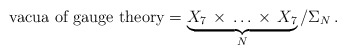
\begin{align*}\mbox{vacua of gauge theory} = \underbrace{ X_7 \, \times \, \dots\,\times \, X_7}_{N}/\Sigma_N\,.\end{align*}